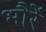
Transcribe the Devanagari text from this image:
भौरें